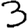
Digit: 3